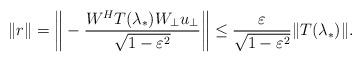
LaTeX: \begin{align*}\| r\|=\bigg\| -\frac{W^{H}T(\lambda_{*})W_{\bot}u_{\bot}}{\sqrt{1-\varepsilon^{2}}}\bigg\|\leq\frac{\varepsilon}{\sqrt{1-\varepsilon^{2}}}\|T(\lambda_{*})\|.\end{align*}